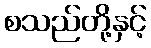
စသည်တို့နှင့်